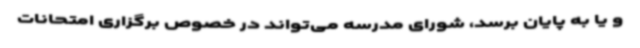
و یا به پایان برسد، شورای مدرسه می‌تواند در خصوص برگزاری امتحانات